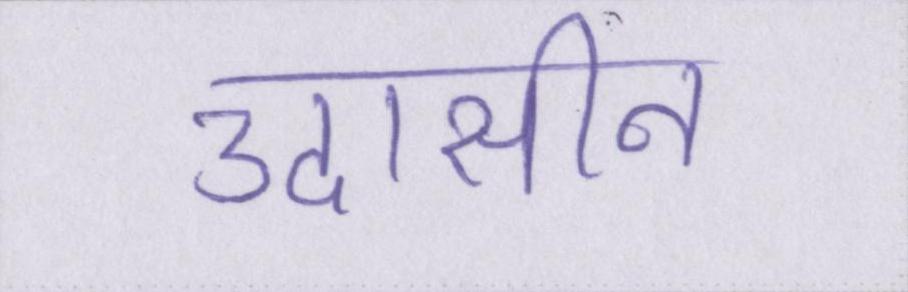
उदासीन